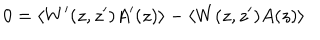
0 = \langle W ^ { \prime } ( z , z ^ { \prime } ) A ^ { \prime } ( z ) \rangle - \langle W ( z , z ^ { \prime } ) A ( z ) \rangle